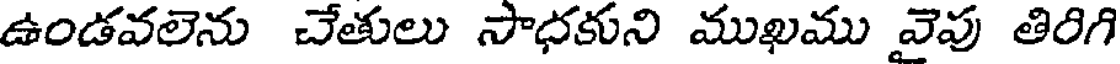
ఉండవలెను చేతులు సాధకుని ముఖము వైపు తిరిగి